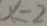
x = 2